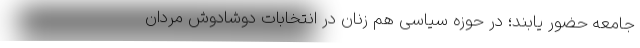
جامعه حضور یابند؛ در حوزه سیاسی هم زنان در انتخابات دوشادوش مردان